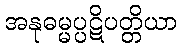
အနုဓမ္မပ္ပဋိပတ္တိယာ